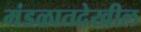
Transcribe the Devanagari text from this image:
मंडळातदेखील